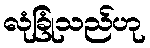
လုံခြုံသည်ဟု